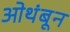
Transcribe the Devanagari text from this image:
ओथंबून